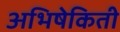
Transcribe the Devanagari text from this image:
अभिषेकिती